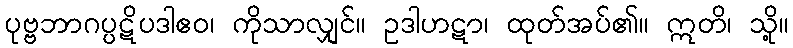
ပုဗ္ဗဘာဂပ္ပဋိပဒါဧဝ၊ ကိုသာလျှင်။ ဥဒါဟဋာ၊ ထုတ်အပ်၏။ ဣတိ၊ သို့။